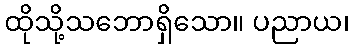
ထိုသို့သဘောရှိသော။ ပညာယ၊